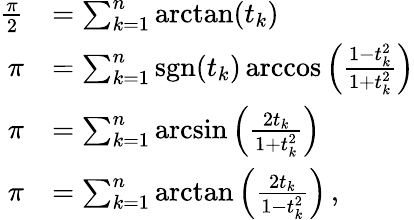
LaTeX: {\begin{array}{rl}{{\frac{\pi}{2}}}&{=\sum_{k=1}^{n}\arctan(t_{k})}\\ {\pi}&{=\sum_{k=1}^{n}\operatorname{sgn}(t_{k})\operatorname{arccos}\left({\frac{1-t_{k}^{2}}{1+t_{k}^{2}}}\right)}\\ {\pi}&{=\sum_{k=1}^{n}\arcsin\left({\frac{2t_{k}}{1+t_{k}^{2}}}\right)}\\ {\pi}&{=\sum_{k=1}^{n}\arctan\left({\frac{2t_{k}}{1-t_{k}^{2}}}\right)\, ,}\end{array}}